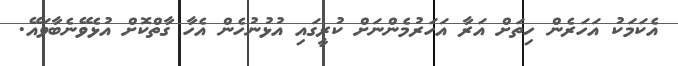
އެކަމަކު އަހަރެން ހިތަށް އަރާ އަހަރުމެންނަށް ކުރީގައި އުޅުނުހެން އެހާ ގާތްކޮށް އުޅެވޭނެބާވައޭ.